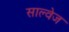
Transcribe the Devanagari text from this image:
साल्वेज